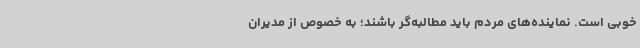
خوبی است. نماینده‌های مردم باید مطالبه‌گر باشند؛ به خصوص از مدیران